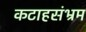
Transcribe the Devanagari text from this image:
कटाहसंभ्रम